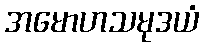
အမောဟသမုဒယံ